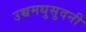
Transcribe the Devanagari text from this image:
उच्चमधुसुदनी